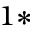
^ { 1 \ast }